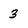
Character: 3